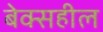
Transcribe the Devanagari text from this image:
बेक्सहील